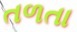
તળતા